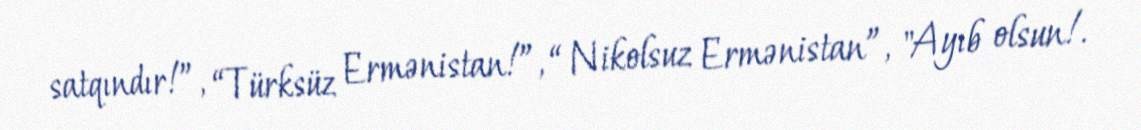
satqındır!”, “Türksüz Ermənistan!”, “ Nikolsuz Ermənistan”, "Ayıb olsun!.